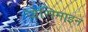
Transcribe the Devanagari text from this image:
जेसिमाइन